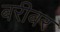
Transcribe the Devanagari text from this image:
बरीबर